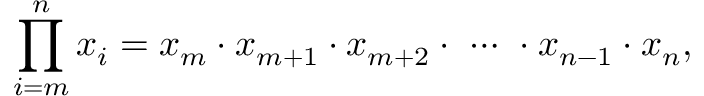
\prod _ { i = m } ^ { n } x _ { i } = x _ { m } \cdot x _ { m + 1 } \cdot x _ { m + 2 } \cdot \, \, \cdots \, \, \cdot x _ { n - 1 } \cdot x _ { n } ,